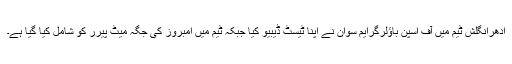
ادھرانگلش ٹیم میں آف اسپن باؤلرگرایم سوان نے اپنا ٹیسٹ ڈیبیو کیا جبکہ ٹیم میں امبروز کی جگہ میٹ پیرر کو شامل کیا گیا ہے۔